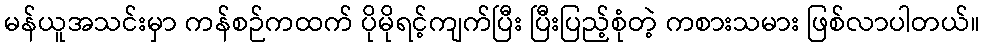
မန်ယူအသင်းမှာ ကန်စဉ်ကထက် ပိုမိုရင့်ကျက်ပြီး ပြီးပြည့်စုံတဲ့ ကစားသမား ဖြစ်လာပါတယ်။